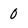
Character: 0